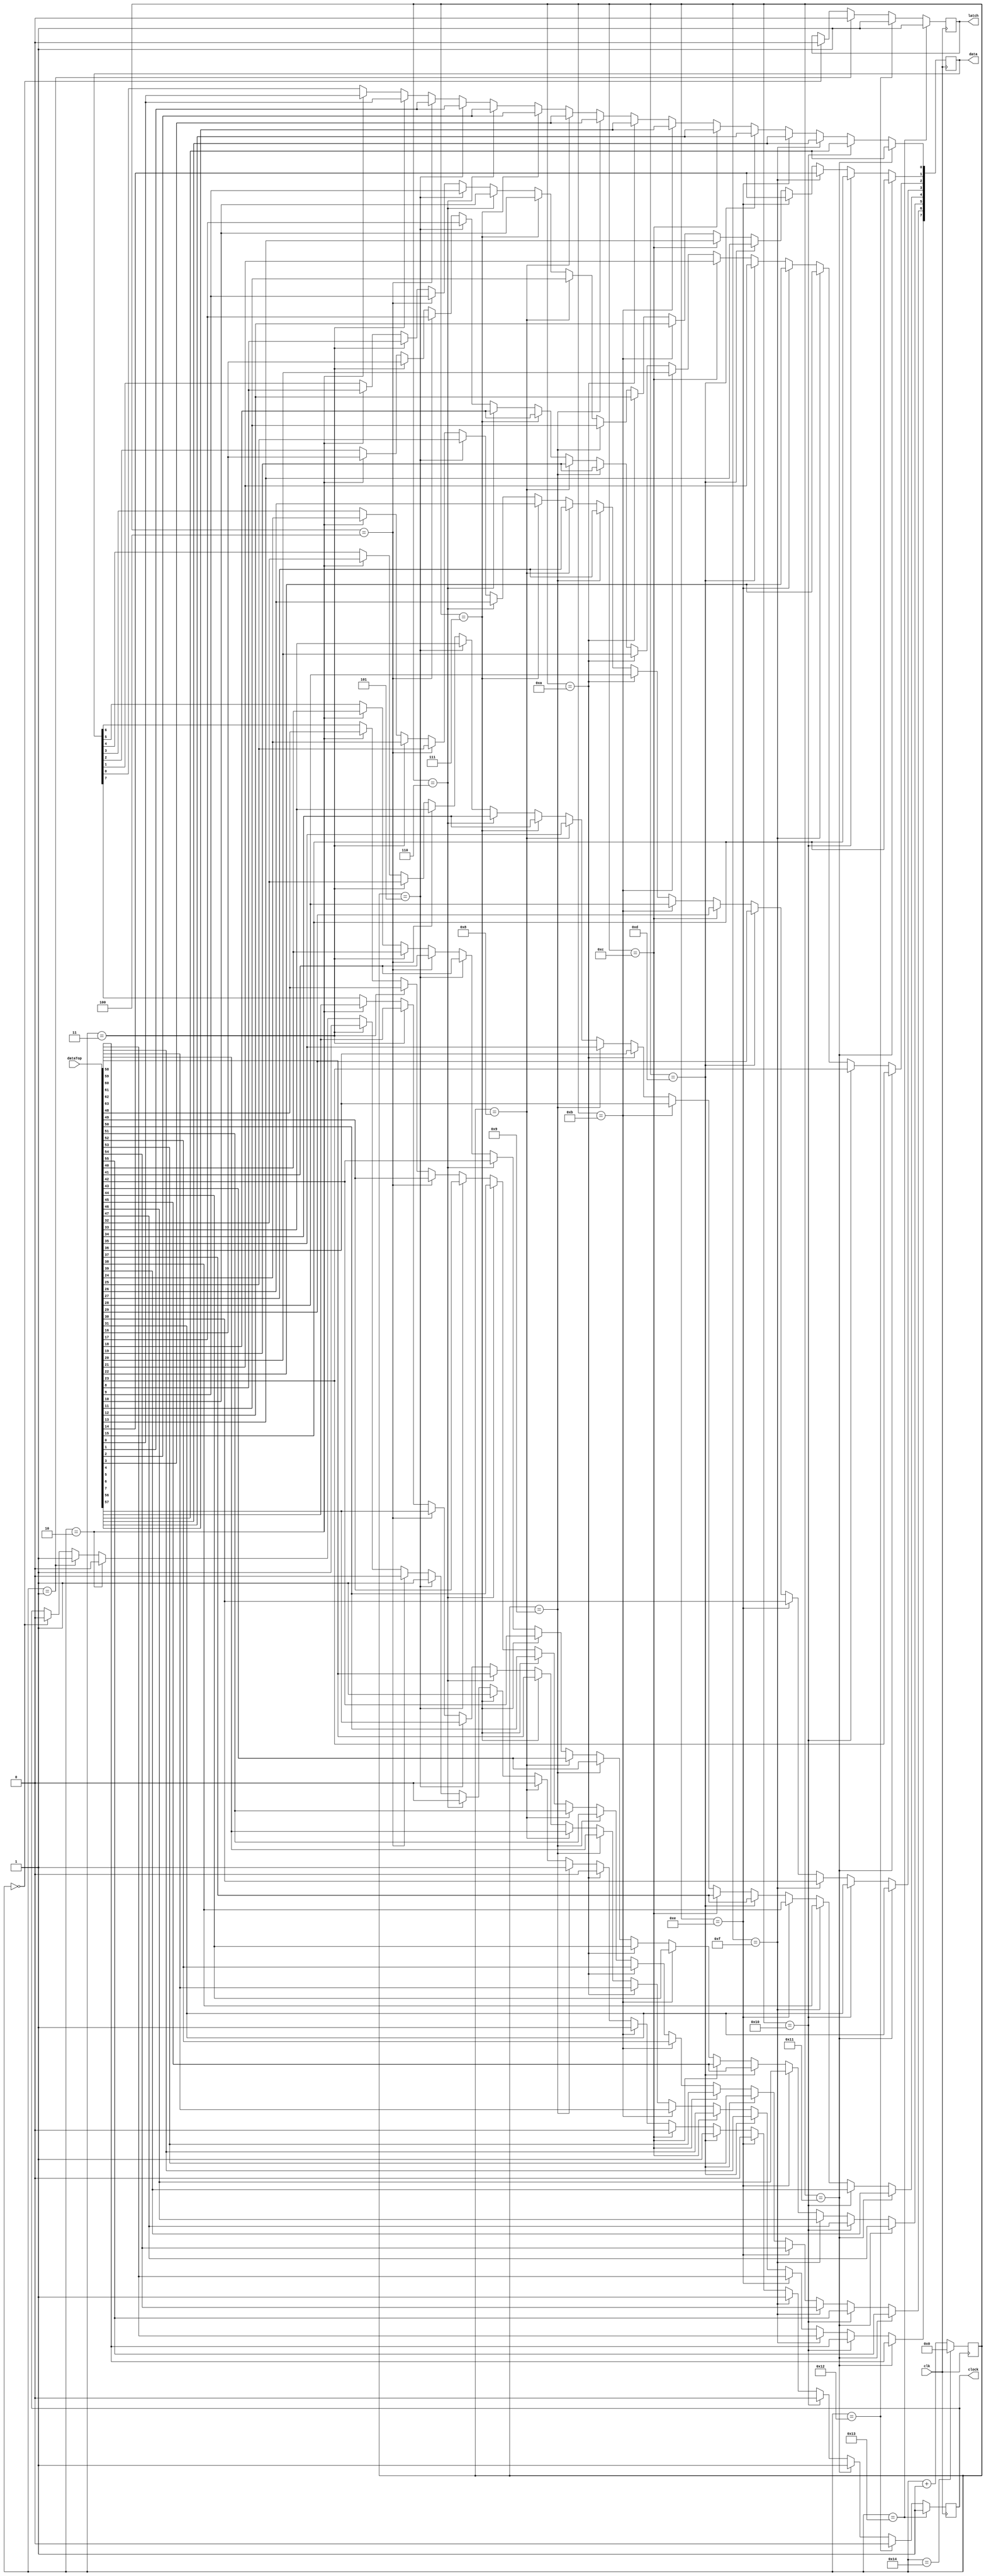
module shift_register (
     input        clk,
     input[63:0]  dataTop,
     //input[63:0]  dataBotom,
     output       latch,
     output       clock,
     output[7:0] data
  );
  reg [5:0] counter = 0;
  reg [7:0] oData = 0;
  reg oLatch = 0;
  reg oClock = 0;
  
  always @(posedge clk) 
  begin
    if(counter == 0)
    begin
      oLatch = 0;
      oClock = 0;
    end
    if(counter == 1)
    begin
      oLatch = 0;
      oClock = 1;
    end
    if(counter == 2) begin
      oData[0]  <= dataTop[0];
      oData[1]  <= dataTop[8];
      oData[2]  <= dataTop[16];
      oData[3]  <= dataTop[24];
      oData[4]  <= dataTop[32];
      oData[5]  <= dataTop[40];
      oData[6]  <= dataTop[48];
      oData[7]  <= dataTop[56];
      /*oData[8]  <= dataBotom[0];
      oData[9]  <= dataBotom[8];
      oData[10] <= dataBotom[16];
      oData[11] <= dataBotom[24];
      oData[12] <= dataBotom[32];
      oData[13] <= dataBotom[40];
      oData[14] <= dataBotom[48];
      oData[15] <= dataBotom[56];*/
      /*for(i = 0; i < 8; i = i + 1) begin
        oData[i]   <= dataTop[i*8]; 
        oData[i+8] <= dataBotom[i*8]; 
      end*/
      oClock = 0;
    end
    if(counter == 3)
    begin
      oData[0]  <= dataTop[0];
      oData[1]  <= dataTop[8];
      oData[2]  <= dataTop[16];
      oData[3]  <= dataTop[24];
      oData[4]  <= dataTop[32];
      oData[5]  <= dataTop[40];
      oData[6]  <= dataTop[48];
      oData[7]  <= dataTop[56];
      /*oData[8]  <= dataBotom[0];
      oData[9]  <= dataBotom[8];
      oData[10] <= dataBotom[16];
      oData[11] <= dataBotom[24];
      oData[12] <= dataBotom[32];
      oData[13] <= dataBotom[40];
      oData[14] <= dataBotom[48];
      oData[15] <= dataBotom[56];*/
      oClock = 1;
    end
    if(counter == 4)
    begin
      oData[0]  <= dataTop[1];
      oData[1]  <= dataTop[9];
      oData[2]  <= dataTop[17];
      oData[3]  <= dataTop[25];
      oData[4]  <= dataTop[33];
      oData[5]  <= dataTop[41];
      oData[6]  <= dataTop[49];
      oData[7]  <= dataTop[57];
      /*oData[8]  <= dataBotom[1];
      oData[9]  <= dataBotom[9];
      oData[10] <= dataBotom[17];
      oData[11] <= dataBotom[25];
      oData[12] <= dataBotom[33];
      oData[13] <= dataBotom[41];
      oData[14] <= dataBotom[49];
      oData[15] <= dataBotom[57];*/
      oClock = 0;
    end
    if(counter == 5)
    begin
      oData[0]  <= dataTop[1];
      oData[1]  <= dataTop[9];
      oData[2]  <= dataTop[17];
      oData[3]  <= dataTop[25];
      oData[4]  <= dataTop[33];
      oData[5]  <= dataTop[41];
      oData[6]  <= dataTop[49];
      oData[7]  <= dataTop[57];
      /*oData[8]  <= dataBotom[1];
      oData[9]  <= dataBotom[9];
      oData[10] <= dataBotom[17];
      oData[11] <= dataBotom[25];
      oData[12] <= dataBotom[33];
      oData[13] <= dataBotom[41];
      oData[14] <= dataBotom[49];
      oData[15] <= dataBotom[57];*/
      oClock = 1;
    end
    if(counter == 6)
    begin
      oData[0]  <= dataTop[2];
      oData[1]  <= dataTop[10];
      oData[2]  <= dataTop[18];
      oData[3]  <= dataTop[26];
      oData[4]  <= dataTop[34];
      oData[5]  <= dataTop[42];
      oData[6]  <= dataTop[50];
      oData[7]  <= dataTop[58];
      /*oData[8]  <= dataBotom[2];
      oData[9]  <= dataBotom[10];
      oData[10] <= dataBotom[18];
      oData[11] <= dataBotom[26];
      oData[12] <= dataBotom[34];
      oData[13] <= dataBotom[42];
      oData[14] <= dataBotom[50];
      oData[15] <= dataBotom[58];*/
      oClock = 0;
    end
    if(counter == 7)
    begin
      oData[0]  <= dataTop[2];
      oData[1]  <= dataTop[10];
      oData[2]  <= dataTop[18];
      oData[3]  <= dataTop[26];
      oData[4]  <= dataTop[34];
      oData[5]  <= dataTop[42];
      oData[6]  <= dataTop[50];
      oData[7]  <= dataTop[58];
      /*oData[8]  <= dataBotom[2];
      oData[9]  <= dataBotom[10];
      oData[10] <= dataBotom[18];
      oData[11] <= dataBotom[26];
      oData[12] <= dataBotom[34];
      oData[13] <= dataBotom[42];
      oData[14] <= dataBotom[50];
      oData[15] <= dataBotom[58];*/
      oClock = 1;
    end
    if(counter == 8)
    begin
      oData[0]  <= dataTop[3];
      oData[1]  <= dataTop[11];
      oData[2]  <= dataTop[19];
      oData[3]  <= dataTop[27];
      oData[4]  <= dataTop[35];
      oData[5]  <= dataTop[43];
      oData[6]  <= dataTop[51];
      oData[7]  <= dataTop[59];
      /*oData[8]  <= dataBotom[3];
      oData[9]  <= dataBotom[11];
      oData[10] <= dataBotom[19];
      oData[11] <= dataBotom[27];
      oData[12] <= dataBotom[35];
      oData[13] <= dataBotom[43];
      oData[14] <= dataBotom[51];
      oData[15] <= dataBotom[59];*/
      oClock = 0;
    end
    if(counter == 9)
    begin
      oData[0]  <= dataTop[3];
      oData[1]  <= dataTop[11];
      oData[2]  <= dataTop[19];
      oData[3]  <= dataTop[27];
      oData[4]  <= dataTop[35];
      oData[5]  <= dataTop[43];
      oData[6]  <= dataTop[51];
      oData[7]  <= dataTop[59];
      /*oData[8]  <= dataBotom[3];
      oData[9]  <= dataBotom[11];
      oData[10] <= dataBotom[19];
      oData[11] <= dataBotom[27];
      oData[12] <= dataBotom[35];
      oData[13] <= dataBotom[43];
      oData[14] <= dataBotom[51];
      oData[15] <= dataBotom[59];*/
      oClock = 1;
    end
    if(counter == 10)
    begin
      oData[0]  <= dataTop[4];
      oData[1]  <= dataTop[12];
      oData[2]  <= dataTop[20];
      oData[3]  <= dataTop[28];
      oData[4]  <= dataTop[36];
      oData[5]  <= dataTop[44];
      oData[6]  <= dataTop[52];
      oData[7]  <= dataTop[60];
      /*oData[8]  <= dataBotom[4];
      oData[9]  <= dataBotom[12];
      oData[10] <= dataBotom[20];
      oData[11] <= dataBotom[28];
      oData[12] <= dataBotom[36];
      oData[13] <= dataBotom[44];
      oData[14] <= dataBotom[52];
      oData[15] <= dataBotom[60];*/
      oClock = 0;
    end
    if(counter == 11)
    begin
      oData[0]  <= dataTop[4];
      oData[1]  <= dataTop[12];
      oData[2]  <= dataTop[20];
      oData[3]  <= dataTop[28];
      oData[4]  <= dataTop[36];
      oData[5]  <= dataTop[44];
      oData[6]  <= dataTop[52];
      oData[7]  <= dataTop[60];
      /*oData[8]  <= dataBotom[4];
      oData[9]  <= dataBotom[12];
      oData[10] <= dataBotom[20];
      oData[11] <= dataBotom[28];
      oData[12] <= dataBotom[36];
      oData[13] <= dataBotom[44];
      oData[14] <= dataBotom[52];
      oData[15] <= dataBotom[60];*/
      oClock = 1;
    end
    if(counter == 12)
    begin
      oData[0]  <= dataTop[5];
      oData[1]  <= dataTop[13];
      oData[2]  <= dataTop[21];
      oData[3]  <= dataTop[29];
      oData[4]  <= dataTop[37];
      oData[5]  <= dataTop[45];
      oData[6]  <= dataTop[53];
      oData[7]  <= dataTop[61];
      /*oData[8]  <= dataBotom[5];
      oData[9]  <= dataBotom[13];
      oData[10] <= dataBotom[21];
      oData[11] <= dataBotom[29];
      oData[12] <= dataBotom[37];
      oData[13] <= dataBotom[45];
      oData[14] <= dataBotom[53];
      oData[15] <= dataBotom[61];*/
      oClock = 0;
    end
    if(counter == 13)
    begin
      oData[0]  <= dataTop[5];
      oData[1]  <= dataTop[13];
      oData[2]  <= dataTop[21];
      oData[3]  <= dataTop[29];
      oData[4]  <= dataTop[37];
      oData[5]  <= dataTop[45];
      oData[6]  <= dataTop[53];
      oData[7]  <= dataTop[61];
      /*oData[8]  <= dataBotom[5];
      oData[9]  <= dataBotom[13];
      oData[10] <= dataBotom[21];
      oData[11] <= dataBotom[29];
      oData[12] <= dataBotom[37];
      oData[13] <= dataBotom[45];
      oData[14] <= dataBotom[53];
      oData[15] <= dataBotom[61];*/
      oClock = 1;
    end
    if(counter == 14)
    begin
      oData[0]  <= dataTop[6];
      oData[1]  <= dataTop[14];
      oData[2]  <= dataTop[22];
      oData[3]  <= dataTop[30];
      oData[4]  <= dataTop[38];
      oData[5]  <= dataTop[46];
      oData[6]  <= dataTop[54];
      oData[7]  <= dataTop[62];
      /*oData[8]  <= dataBotom[6];
      oData[9]  <= dataBotom[14];
      oData[10] <= dataBotom[22];
      oData[11] <= dataBotom[30];
      oData[12] <= dataBotom[38];
      oData[13] <= dataBotom[46];
      oData[14] <= dataBotom[54];
      oData[15] <= dataBotom[62];*/
      oClock = 0;
    end
    if(counter == 15)
    begin
      oData[0]  <= dataTop[6];
      oData[1]  <= dataTop[14];
      oData[2]  <= dataTop[22];
      oData[3]  <= dataTop[30];
      oData[4]  <= dataTop[38];
      oData[5]  <= dataTop[46];
      oData[6]  <= dataTop[54];
      oData[7]  <= dataTop[62];
      /*oData[8]  <= dataBotom[6];
      oData[9]  <= dataBotom[14];
      oData[10] <= dataBotom[22];
      oData[11] <= dataBotom[30];
      oData[12] <= dataBotom[38];
      oData[13] <= dataBotom[46];
      oData[14] <= dataBotom[54];
      oData[15] <= dataBotom[62];*/
      oClock = 1;
    end
    if(counter == 16)
    begin
      oData[0]  <= dataTop[7];
      oData[1]  <= dataTop[15];
      oData[2]  <= dataTop[23];
      oData[3]  <= dataTop[31];
      oData[4]  <= dataTop[39];
      oData[5]  <= dataTop[47];
      oData[6]  <= dataTop[55];
      oData[7]  <= dataTop[63];
      /*oData[8]  <= dataBotom[7];
      oData[9]  <= dataBotom[15];
      oData[10] <= dataBotom[23];
      oData[11] <= dataBotom[31];
      oData[12] <= dataBotom[39];
      oData[13] <= dataBotom[47];
      oData[14] <= dataBotom[55];
      oData[15] <= dataBotom[63];*/
      oClock = 0;
    end
    if(counter == 17)
    begin
      oData[0]  <= dataTop[7];
      oData[1]  <= dataTop[15];
      oData[2]  <= dataTop[23];
      oData[3]  <= dataTop[31];
      oData[4]  <= dataTop[39];
      oData[5]  <= dataTop[47];
      oData[6]  <= dataTop[55];
      oData[7]  <= dataTop[63];
      /*oData[8]  <= dataBotom[7];
      oData[9]  <= dataBotom[15];
      oData[10] <= dataBotom[23];
      oData[11] <= dataBotom[31];
      oData[12] <= dataBotom[39];
      oData[13] <= dataBotom[47];
      oData[14] <= dataBotom[55];
      oData[15] <= dataBotom[63];*/
      oClock = 1;
    end
    if(counter == 18)
    begin
      oLatch = 1;
      oClock = 0;
    end
    if(counter == 19)
    begin
      oLatch = 1;
      oClock = 1;
    end
    counter <= counter + 1;
    if(counter == 20) counter <= 0;
  end
  
  assign latch = oLatch;
  assign clock = oClock;
  assign data  = oData;

endmodule